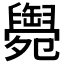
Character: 𦦩